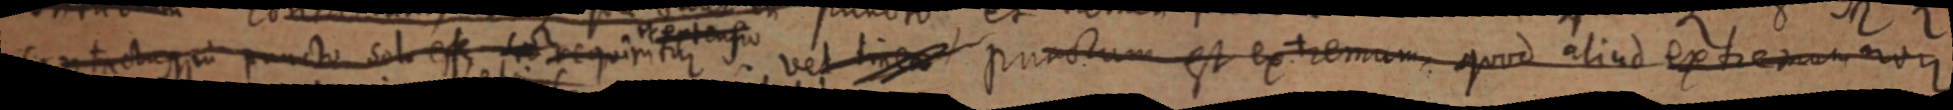
contractus puncto sol esse sed sequintur vel linea punctum est extremum quod aliud extremum non